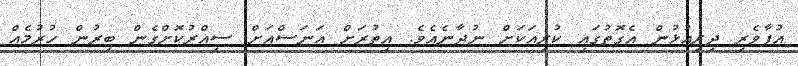
އުފާވެރި ދިރިއުޅުން އެގޮތުގައި ކުރިއަކަށް ނުދާނެއެވެ. އިތުރަށް އަނަސްއަށް ސިއްރުކޮށްގެން ބިރުން ހުރުމެއް